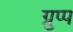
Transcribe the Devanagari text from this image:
ग्रुप्प